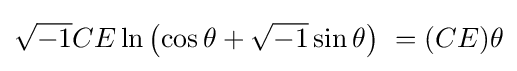
{\sqrt {-1}}CE\ln {\left(\cos \theta +{\sqrt {-1}}\sin \theta \right)\ }=(CE)\theta